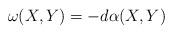
LaTeX: \begin{align*}\omega(X,Y)=-d\alpha(X,Y)\end{align*}